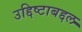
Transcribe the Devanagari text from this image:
उद्दिष्टाबद्दल